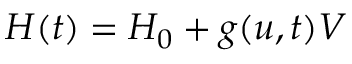
H ( t ) = H _ { 0 } + g ( u , t ) V